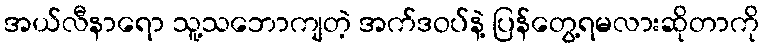
အယ်လီနာရော သူ့သဘောကျတဲ့ အက်ဒဝပ်နဲ့ ပြန်တွေ့ရမလားဆိုတာကို